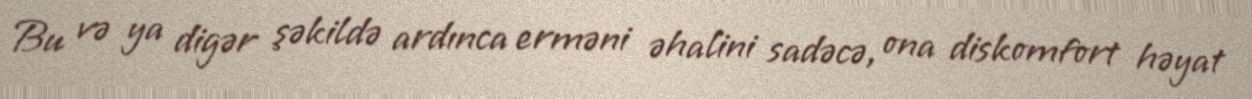
Bu və ya digər şəkildə ardınca erməni əhalini sadəcə, ona diskomfort həyat